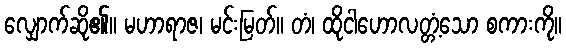
လျှောက်ဆို၏။ မဟာရာဇ၊ မင်းမြတ်။ တံ၊ ထိုငါဟောလတ္တံ့သော စကားကို။